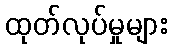
ထုတ်လုပ်မှုများ